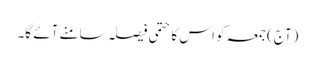
(آج) جمعہ کو اس کا حتمی فیصلہ سامنے آئے گا۔